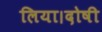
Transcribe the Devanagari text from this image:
लिया।दोषी